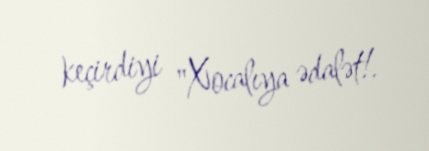
keçirdiyi "Xocalıya ədalət!.